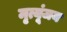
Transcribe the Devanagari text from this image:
मृत्यूंजय